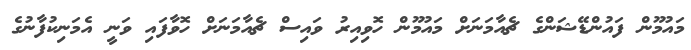
މައުމޫން ފައުންޑޭޝަންގެ ޗެއާމަނަށް މައުމޫން ހޮވިއިރު ވައިސް ޗެއާމަނަށް ހޮވާފައި ވަނީ އެމަނިކުފާނުގެ